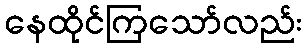
နေထိုင်ကြသော်လည်း